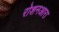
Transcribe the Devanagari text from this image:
रोशनआरा